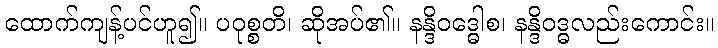
ထောက်ကျန့်ပင်ဟူ၍။ ပဝုစ္စတိ၊ ဆိုအပ်၏။ နန္ဒိဝဒ္ဓေါစ၊ နန္ဒိဝဒ္ဓလည်းကောင်း။